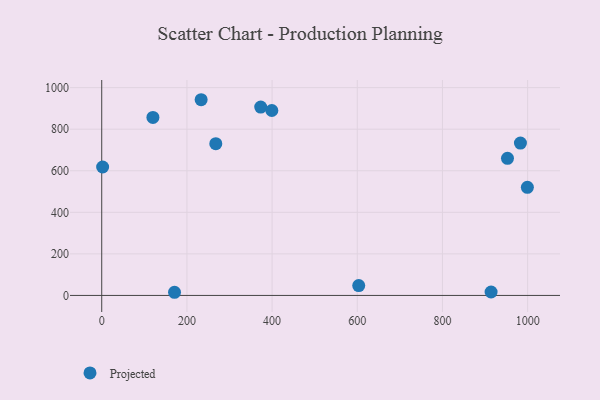
{"axis": {"x": "Price", "y": "Profit"}, "legend": ["Projected"], "data": [{"x": "373.3", "y": 906.2, "type": "Projected"}, {"x": "999.4", "y": 520.3, "type": "Projected"}, {"x": "170.9", "y": 15.2, "type": "Projected"}, {"x": "914.2", "y": 16.6, "type": "Projected"}, {"x": "120.2", "y": 856.6, "type": "Projected"}, {"x": "399.4", "y": 890.0, "type": "Projected"}, {"x": "952.7", "y": 660.0, "type": "Projected"}, {"x": "603.4", "y": 47.4, "type": "Projected"}, {"x": "2.1", "y": 618.0, "type": "Projected"}, {"x": "233.4", "y": 941.8, "type": "Projected"}, {"x": "267.8", "y": 730.4, "type": "Projected"}, {"x": "983.1", "y": 733.4, "type": "Projected"}]}